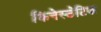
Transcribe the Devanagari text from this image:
किनेस्ठेटिक